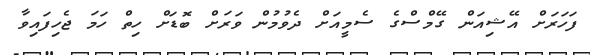
ފަހަރަށް އޭޝިއަން ގޭމްސްގެ ސެމީއަށް ދެވުމުން ވަރަށް ބޮޑަށް ހިތް ހަމަ ޖެހިފައިވާ